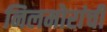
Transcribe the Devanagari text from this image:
निलमोरांची